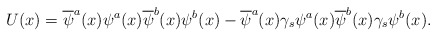
\begin{align*}U(x) = \overline\psi^{a}(x) \psi^{a}(x) \overline\psi^{b}(x) \psi^{b}(x) - \overline\psi^{a}(x) \gamma_{s} \psi^{a}(x) \overline\psi^{b}(x) \gamma_{s} \psi^{b}(x) .\end{align*}